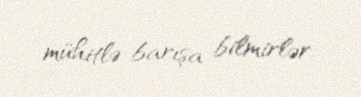
mühitlə barışa bilmirlər.